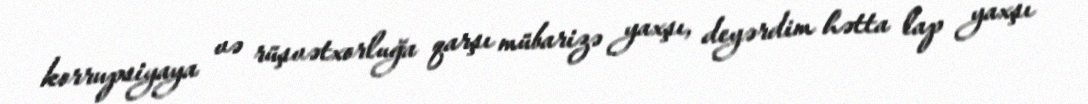
korrupsiyaya və rüşvətxorluğa qarşı mübarizə yaxşı, deyərdim hətta lap yaxşı